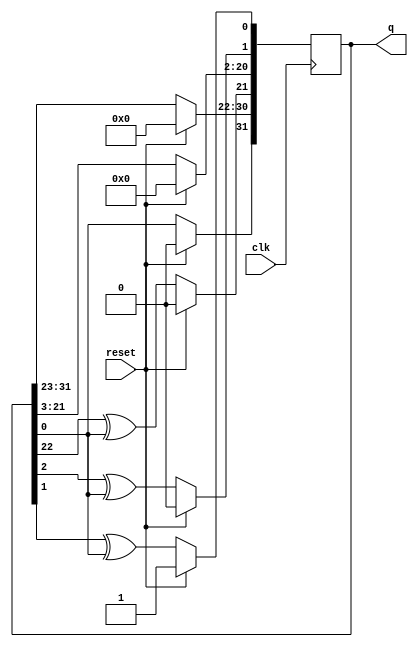
module top_module(
    input clk,
    input reset,    // Active-high synchronous reset to 32'h1
    output [31:0] q
); 

	always@(posedge clk)
        begin
            if(reset)
                q<=1;
            else
                begin
                    q[30:0]<=q[31:1];
                    q[31]<=0^q[0];
                    q[21]<=q[22]^q[0];
                    q[1]<=q[2]^q[0];
                    q[0]<=q[1]^q[0];
                end
        end
		
endmodule